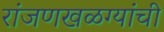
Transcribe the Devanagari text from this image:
रांजणखळग्यांची